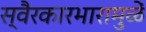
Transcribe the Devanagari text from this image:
स्वैरकारभारामुळें